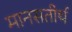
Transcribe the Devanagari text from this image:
मानसतीर्थ